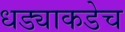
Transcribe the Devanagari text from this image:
धड्याकडेच